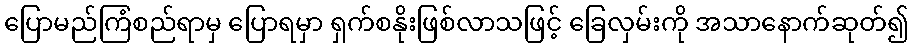
ပြောမည်ကြံစည်ရာမှ ပြောရမှာ ရှက်စနိုးဖြစ်လာသဖြင့် ခြေလှမ်းကို အသာနောက်ဆုတ်၍